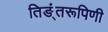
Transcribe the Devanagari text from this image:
तिङं्तरूपिणी